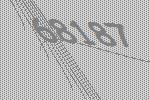
68187